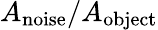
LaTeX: A_{\textrm{noise}}/A_{\textrm{object}}